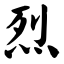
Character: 烈